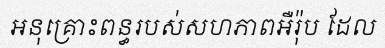
អនុគ្រោះពន្ធរបស់សហភាពអឺរ៉ុប ដែល